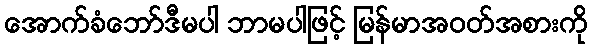
အောက်ခံဘော်ဒီမပါ ဘာမပါဖြင့် မြန်မာအဝတ်အစားကို